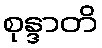
စုန္ဒာတိ